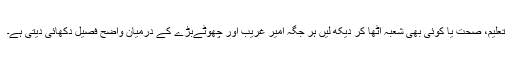
تعلیم، صحت یا کوئی بھی شعبہ اٹھا کر دیکھ لیں ہر جگہ امیر غریب اور چھوٹےبڑے کے درمیان واضح فصیل دکھائی دیتی ہے۔